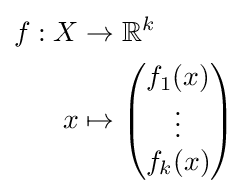
{\begin{aligned}f:X&\to \mathbb {R} ^{k}\\x&\mapsto {\begin{pmatrix}f_{1}(x)\\\vdots \\f_{k}(x)\end{pmatrix}}\end{aligned}}